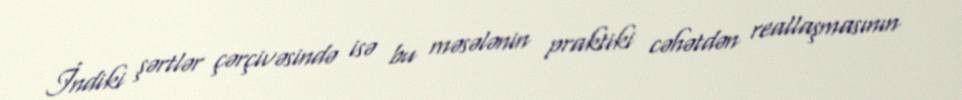
İndiki şərtlər çərçivəsində isə bu məsələnin praktiki cəhətdən reallaşmasının